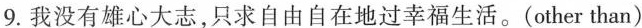
9.我没有雄心大志，只求自由自在地过幸福生活。(other than)